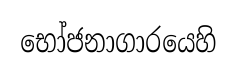
භෝජනාගාරයෙහි